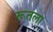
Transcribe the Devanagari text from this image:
रूतला